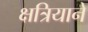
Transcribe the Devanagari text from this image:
क्षत्रियाने